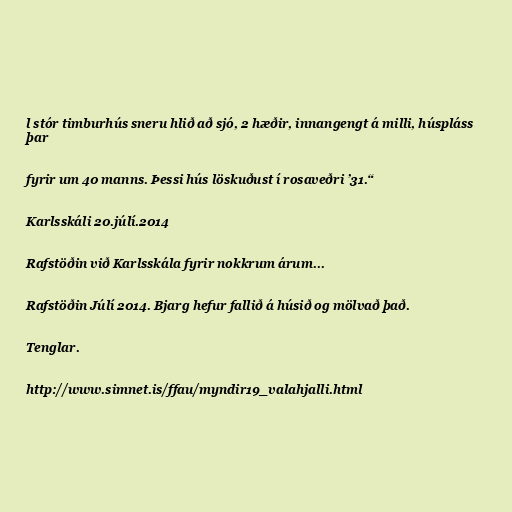
l stór timburhús sneru hlið að sjó, 2 hæðir, innangengt á milli, húspláss
þar

fyrir um 40 manns. Þessi hús löskuðust í rosaveðri ’31.“

Karlsskáli 20.júlí.2014

Rafstöðin við Karlsskála fyrir nokkrum árum...

Rafstöðin Júlí 2014. Bjarg hefur fallið á húsið og mölvað það.

Tenglar.

http://www.simnet.is/ffau/myndir19_valahjalli.html